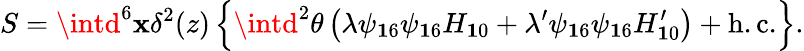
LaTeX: S=\intd^{6}\mathbf{x}\delta^{2}(z)\left\{ \intd^{2}\theta\left(\lambda\psi_{\mathbf{1}6}\psi_{\mathbf{1}6}H_{\mathbf{1}0}+\lambda^{\prime}\psi_{\mathbf{1}6}\psi_{\mathbf{1}6}H_{\mathbf{1}0}^{\prime}\right)+\mathrm{{h.c.}}\right\} .